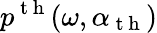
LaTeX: p^{\mathrm{~t~h~}}(\omega,\alpha_{\mathrm{~t~h~}})